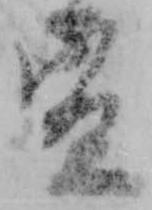
宣